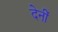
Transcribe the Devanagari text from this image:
देनीं